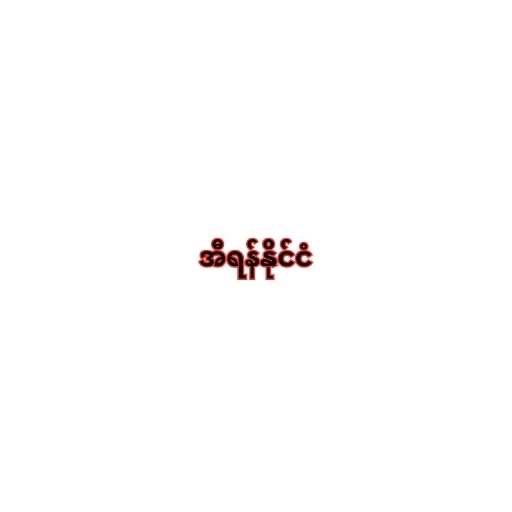
အီရန်နိုင်ငံ